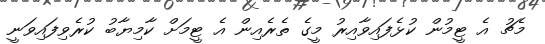
މެޗު އެ ޓީމުން ކުޅެފައިވާއިރު މީގެ ތެރެއިން އެ ޓީމަށް ކާމިޔާބު ކުރެވިފައިވަނީ